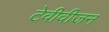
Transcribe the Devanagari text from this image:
टेवीवीजन